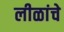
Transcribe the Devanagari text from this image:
लीळांचे